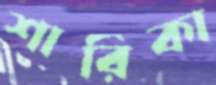
শারিকা